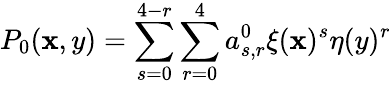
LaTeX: P_{0}(\mathbf{x},y)=\sum_{s=0}^{4-r}\sum_{r=0}^{4}a_{s,r}^{0}\xi(\mathbf{x})^{s}\eta(y)^{r}